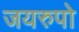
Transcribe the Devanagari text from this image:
जयरुपो